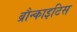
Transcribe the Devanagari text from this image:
ब्रौन्काइटिस